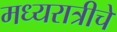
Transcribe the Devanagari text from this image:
मध्यरात्रीचे